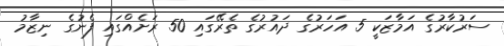
ސަރުކާރުގެ އަމާޒަކީ 5 އަހަރުގެ ދައުރުގެ ތެރޭގައި 50 ރަށެއްގައި ފެނުގެ ނިޒާމު